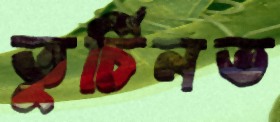
তুর্চিনভ